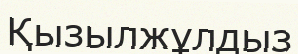
Қызылжұлдыз